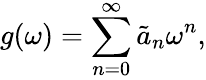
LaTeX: g(\omega)=\sum_{n=0}^{\infty}\tilde{a}_{n}\omega^{n},